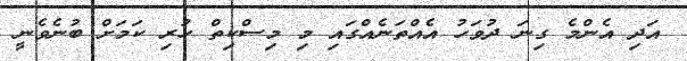
އަދި އެންމެ ގިނަ ދުވަހު އެއްތަނެއްގައި މި މިސްކިތް ހުރި ކަމަށް ބުނެވެނީ